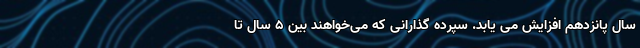
سال پانزدهم افزایش می یابد. سپرده گذارانی که می‌خواهند بین ۵ سال تا